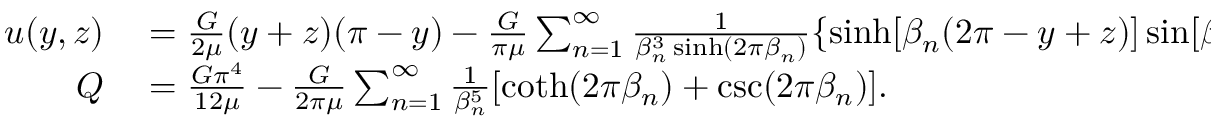
\begin{array} { r l } { u ( y , z ) } & { { } = { \frac { G } { 2 \mu } } ( y + z ) ( \pi - y ) - { \frac { G } { \pi \mu } } \sum _ { n = 1 } ^ { \infty } { \frac { 1 } { \beta _ { n } ^ { 3 } \sinh ( 2 \pi \beta _ { n } ) } } \{ \sinh [ \beta _ { n } ( 2 \pi - y + z ) ] \sin [ \beta _ { n } ( y + z ) ] - \sinh [ \beta _ { n } ( y + z ) ] \sin [ \beta _ { n } ( y - z ) ] \} , \quad \beta _ { n } = n - { \frac { 1 } { 2 } } , } \\ { Q } & { { } = { \frac { G \pi ^ { 4 } } { 1 2 \mu } } - { \frac { G } { 2 \pi \mu } } \sum _ { n = 1 } ^ { \infty } { \frac { 1 } { \beta _ { n } ^ { 5 } } } [ \coth ( 2 \pi \beta _ { n } ) + \csc ( 2 \pi \beta _ { n } ) ] . } \end{array}